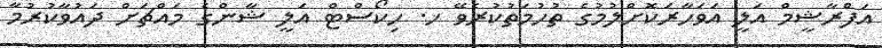
އަފްރާޝީމް އަލީ އަވަހާރަކޮށްލުމުގެ ތުހުމަތުކުރެވޭ ހ. ހިކޯސްޓް އަލީ ޝާންގެ މައްޗަށް ދައުވާކުރުމާ